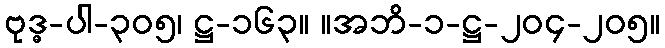
ဗုဒ္ဓ-ပါ-၃၀၅၊ ဋ္ဌ-၁၆၃။ ။အဘိ-၁-ဋ္ဌ-၂၀၄-၂၀၅။